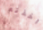
اخذته